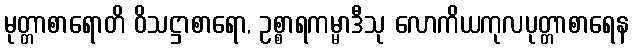
မုတ္တာစာရောတိ ဝိသဋ္ဌာစာရော, ဥစ္စာရကမ္မာဒီသု လောကိယကုလပုတ္တာစာရေန